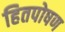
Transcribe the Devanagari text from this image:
हितपोषण